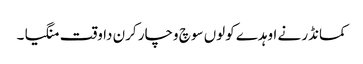
کمانڈر نے اوہدے کولوں سوچ وچار کرن دا وقت منگیا ۔